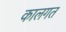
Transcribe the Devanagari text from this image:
कालगत